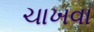
ચાખવા